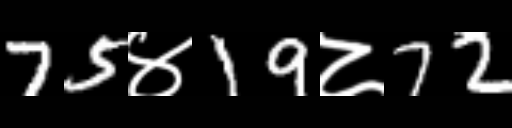
Text: 75४19८72